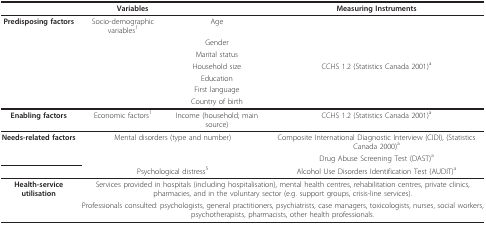
<table><thead><tr><td colspan="3"><b>Variables</b></td><td><b>Measuring Instruments</b></td></tr></thead><tbody><tr><td><b>Predisposing factors</b></td><td>Socio-demographic variables<sup>1</sup></td><td>Age</td><td></td></tr><tr><td></td><td></td><td>Gender</td><td></td></tr><tr><td></td><td></td><td>Marital status</td><td></td></tr><tr><td></td><td></td><td>Household size</td><td>CCHS 1.2 (Statistics Canada 2001)<sup>a</sup></td></tr><tr><td></td><td></td><td>Education</td><td></td></tr><tr><td></td><td></td><td>First language</td><td></td></tr><tr><td></td><td></td><td>Country of birth</td><td></td></tr><tr><td><b>Enabling factors</b></td><td>Economic factors<sup>1</sup></td><td>Income (household; main source)</td><td>CCHS 1.2 (Statistics Canada 2001)<sup>a</sup></td></tr><tr><td><b>Needs-related factors</b></td><td colspan="2">Mental disorders (type and number)</td><td>Composite International Diagnostic Interview (CIDI), (Statistics Canada 2000)<sup>a</sup></td></tr><tr><td></td><td></td><td></td><td>Drug Abuse Screening Test (DAST)<sup>a</sup></td></tr><tr><td></td><td colspan="2">Psychological distress<sup>5</sup></td><td>Alcohol Use Disorders Identification Test (AUDIT)<sup>a</sup></td></tr><tr><td><b>Health-service utilisation</b></td><td colspan="3">Services provided in hospitals (including hospitalisation), mental health centres, rehabilitation centres, private clinics, pharmacies, and in the voluntary sector (e.g. support groups, crisis-line services).</td></tr><tr><td></td><td colspan="3">Professionals consulted: psychologists, general practitioners, psychiatrists, case managers, toxicologists, nurses, social workers, psychotherapists, pharmacists, other health professionals.</td></tr></tbody></table>